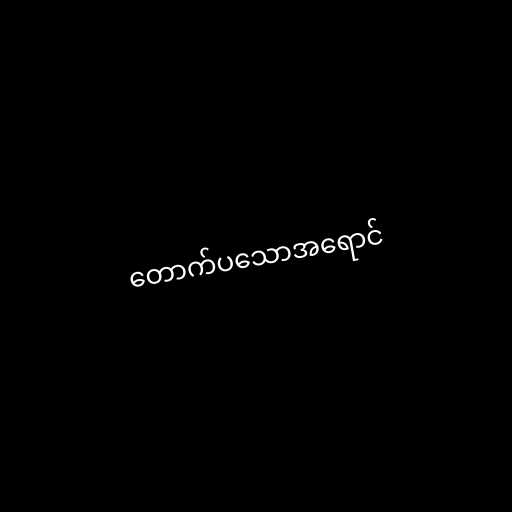
တောက်ပသောအရောင်